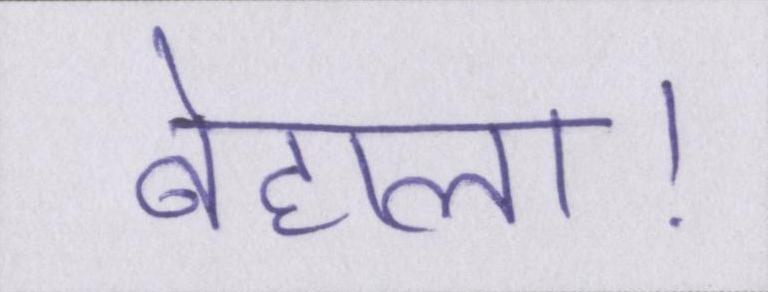
बेहाल।